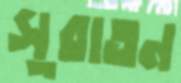
সুরাতন